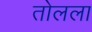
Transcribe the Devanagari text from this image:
तोलला